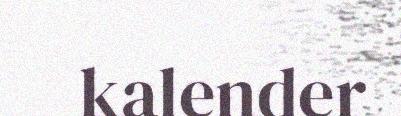
kalender